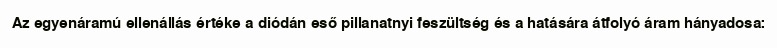
Az egyenáramú ellenállás értéke a diódán eső pillanatnyi feszültség és a hatására átfolyó áram hányadosa: